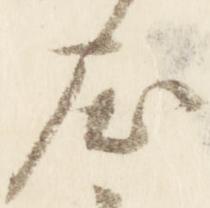
屈